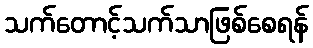
သက်တောင့်သက်သာဖြစ်စေရန်